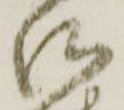
御